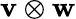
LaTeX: \mathbf{v}\otimes\mathbf{w}